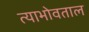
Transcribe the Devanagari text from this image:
त्याभोवताल